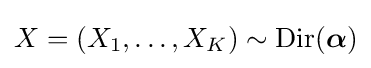
X=(X_{1},\ldots ,X_{K})\sim \operatorname {Dir} ({\boldsymbol {\alpha }})